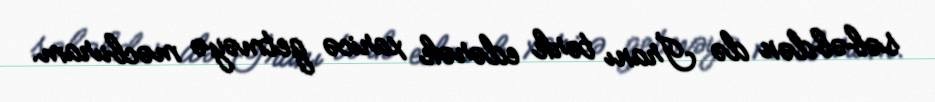
səbəbdən də İranı tərk edərək xaricə getməyə məcburam.